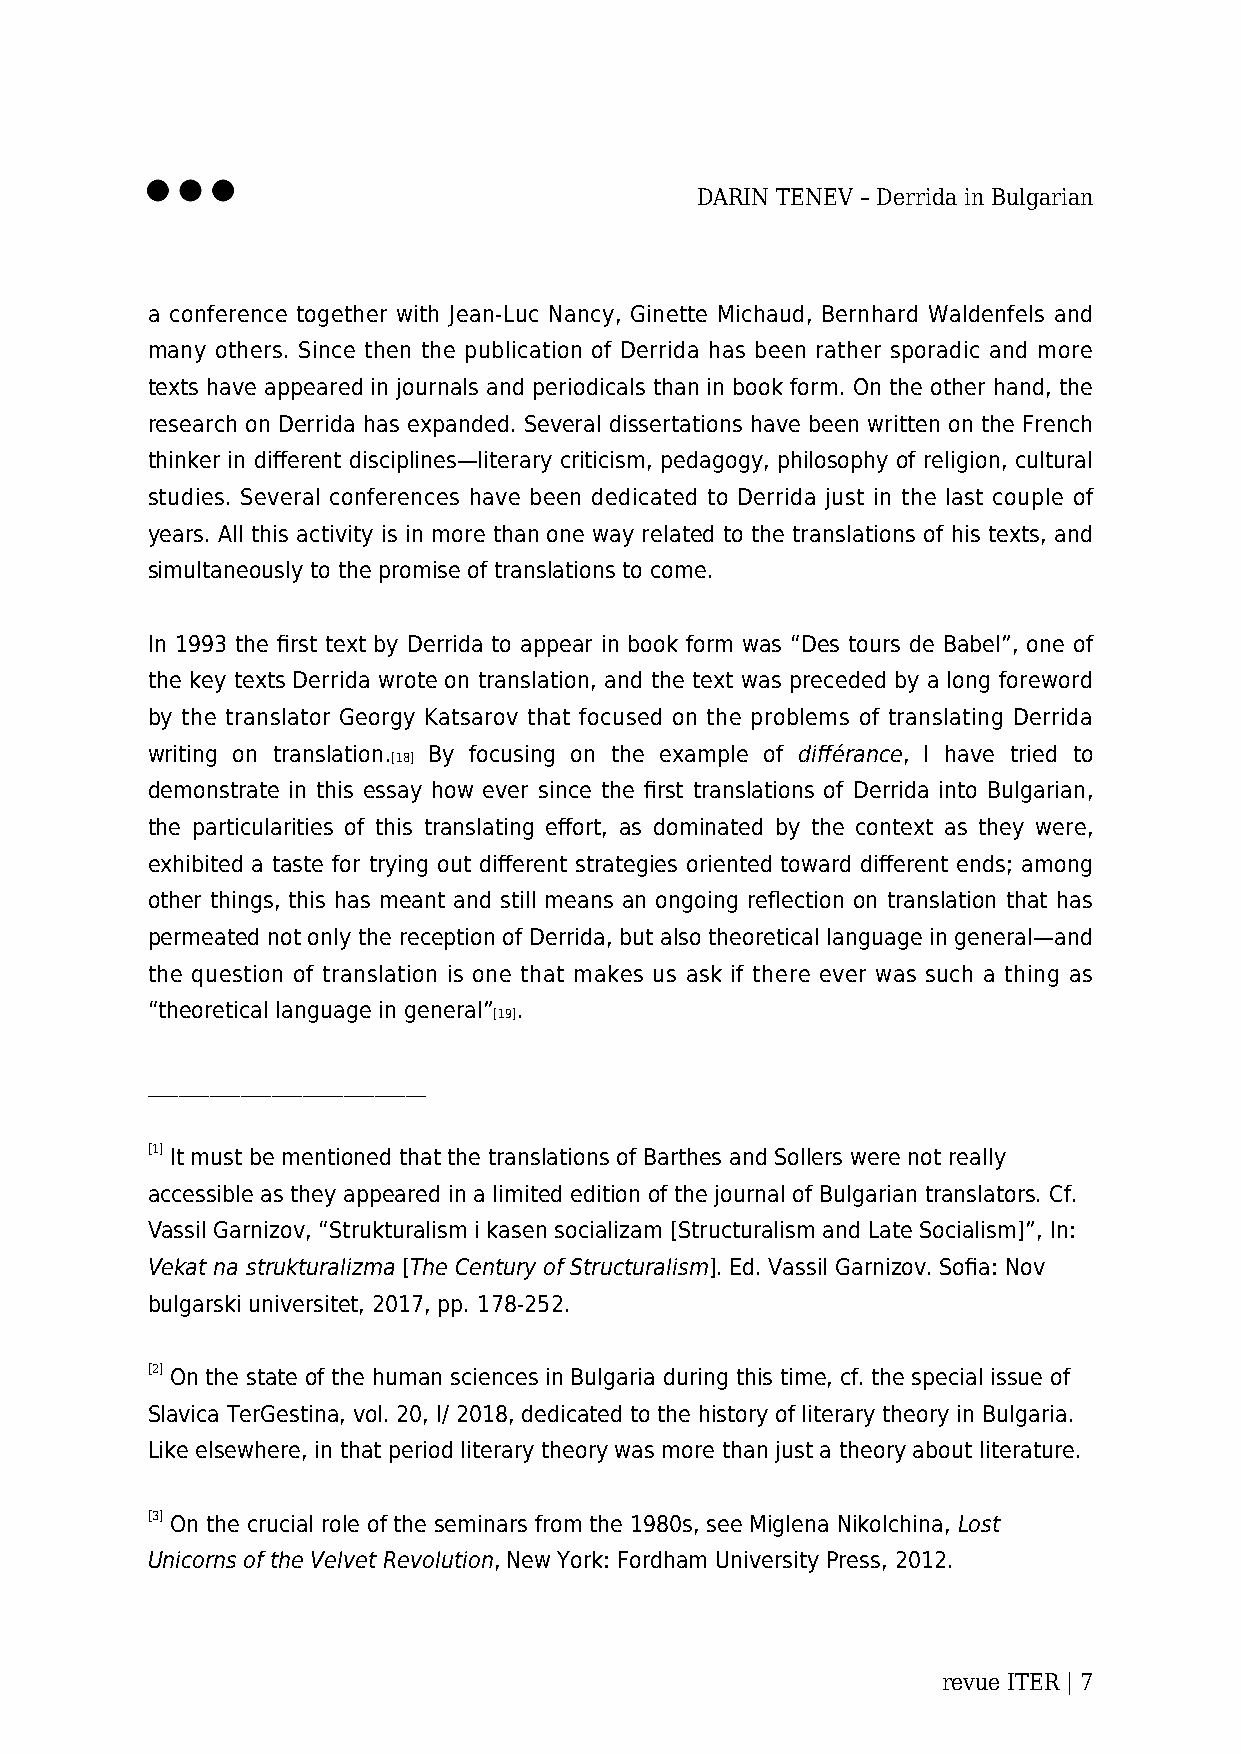
DARIN TENEV – Derrida in Bulgarian
 a conference together with Jean-Luc Nancy, Ginette Michaud, Bernhard Waldenfels and
 many others. Since then the publication of Derrida has been rather sporadic and more
 texts have appeared in journals and periodicals than in book form. On the other hand, the
 research on Derrida has expanded. Several dissertations have been written on the French
 thinker in different disciplines—literary criticism, pedagogy, philosophy of religion, cultural
 studies. Several conferences have been dedicated to Derrida just in the last couple of
 years. All this activity is in more than one way related to the translations of his texts, and
 simultaneously to the promise of translations to come.
 In 1993 the first text by Derrida to appear in book form was “Des tours de Babel”, one of
 the key texts Derrida wrote on translation, and the text was preceded by a long foreword
 by the translator Georgy Katsarov that focused on the problems of translating Derrida
 writing on translation. By focusing on the example of différance, I have tried to
 [18]
 demonstrate in this essay how ever since the first translations of Derrida into Bulgarian,
 the particularities of this translating effort, as dominated by the context as they were,
 exhibited a taste for trying out different strategies oriented toward different ends; among
 other things, this has meant and still means an ongoing reflection on translation that has
 permeated not only the reception of Derrida, but also theoretical language in general—and
 the question of translation is one that makes us ask if there ever was such a thing as
 “theoretical language in general” .
 [19]
 ___________________________
 [1] It must be mentioned that the translations of Barthes and Sollers were not really
 accessible as they appeared in a limited edition of the journal of Bulgarian translators. Cf.
 Vassil Garnizov, “Strukturalism i kasen socializam [Structuralism and Late Socialism]”, In:
 Vekat na strukturalizma [The Century of Structuralism]. Ed. Vassil Garnizov. Sofia: Nov
 bulgarski universitet, 2017, pp. 178-252.
 [2] On the state of the human sciences in Bulgaria during this time, cf. the special issue of
 Slavica TerGestina, vol. 20, I/ 2018, dedicated to the history of literary theory in Bulgaria.
 Like elsewhere, in that period literary theory was more than just a theory about literature.
 [3] On the crucial role of the seminars from the 1980s, see Miglena Nikolchina, Lost
 Unicorns of the Velvet Revolution, New York: Fordham University Press, 2012.
 revue ITER | 7